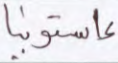
إستونيا